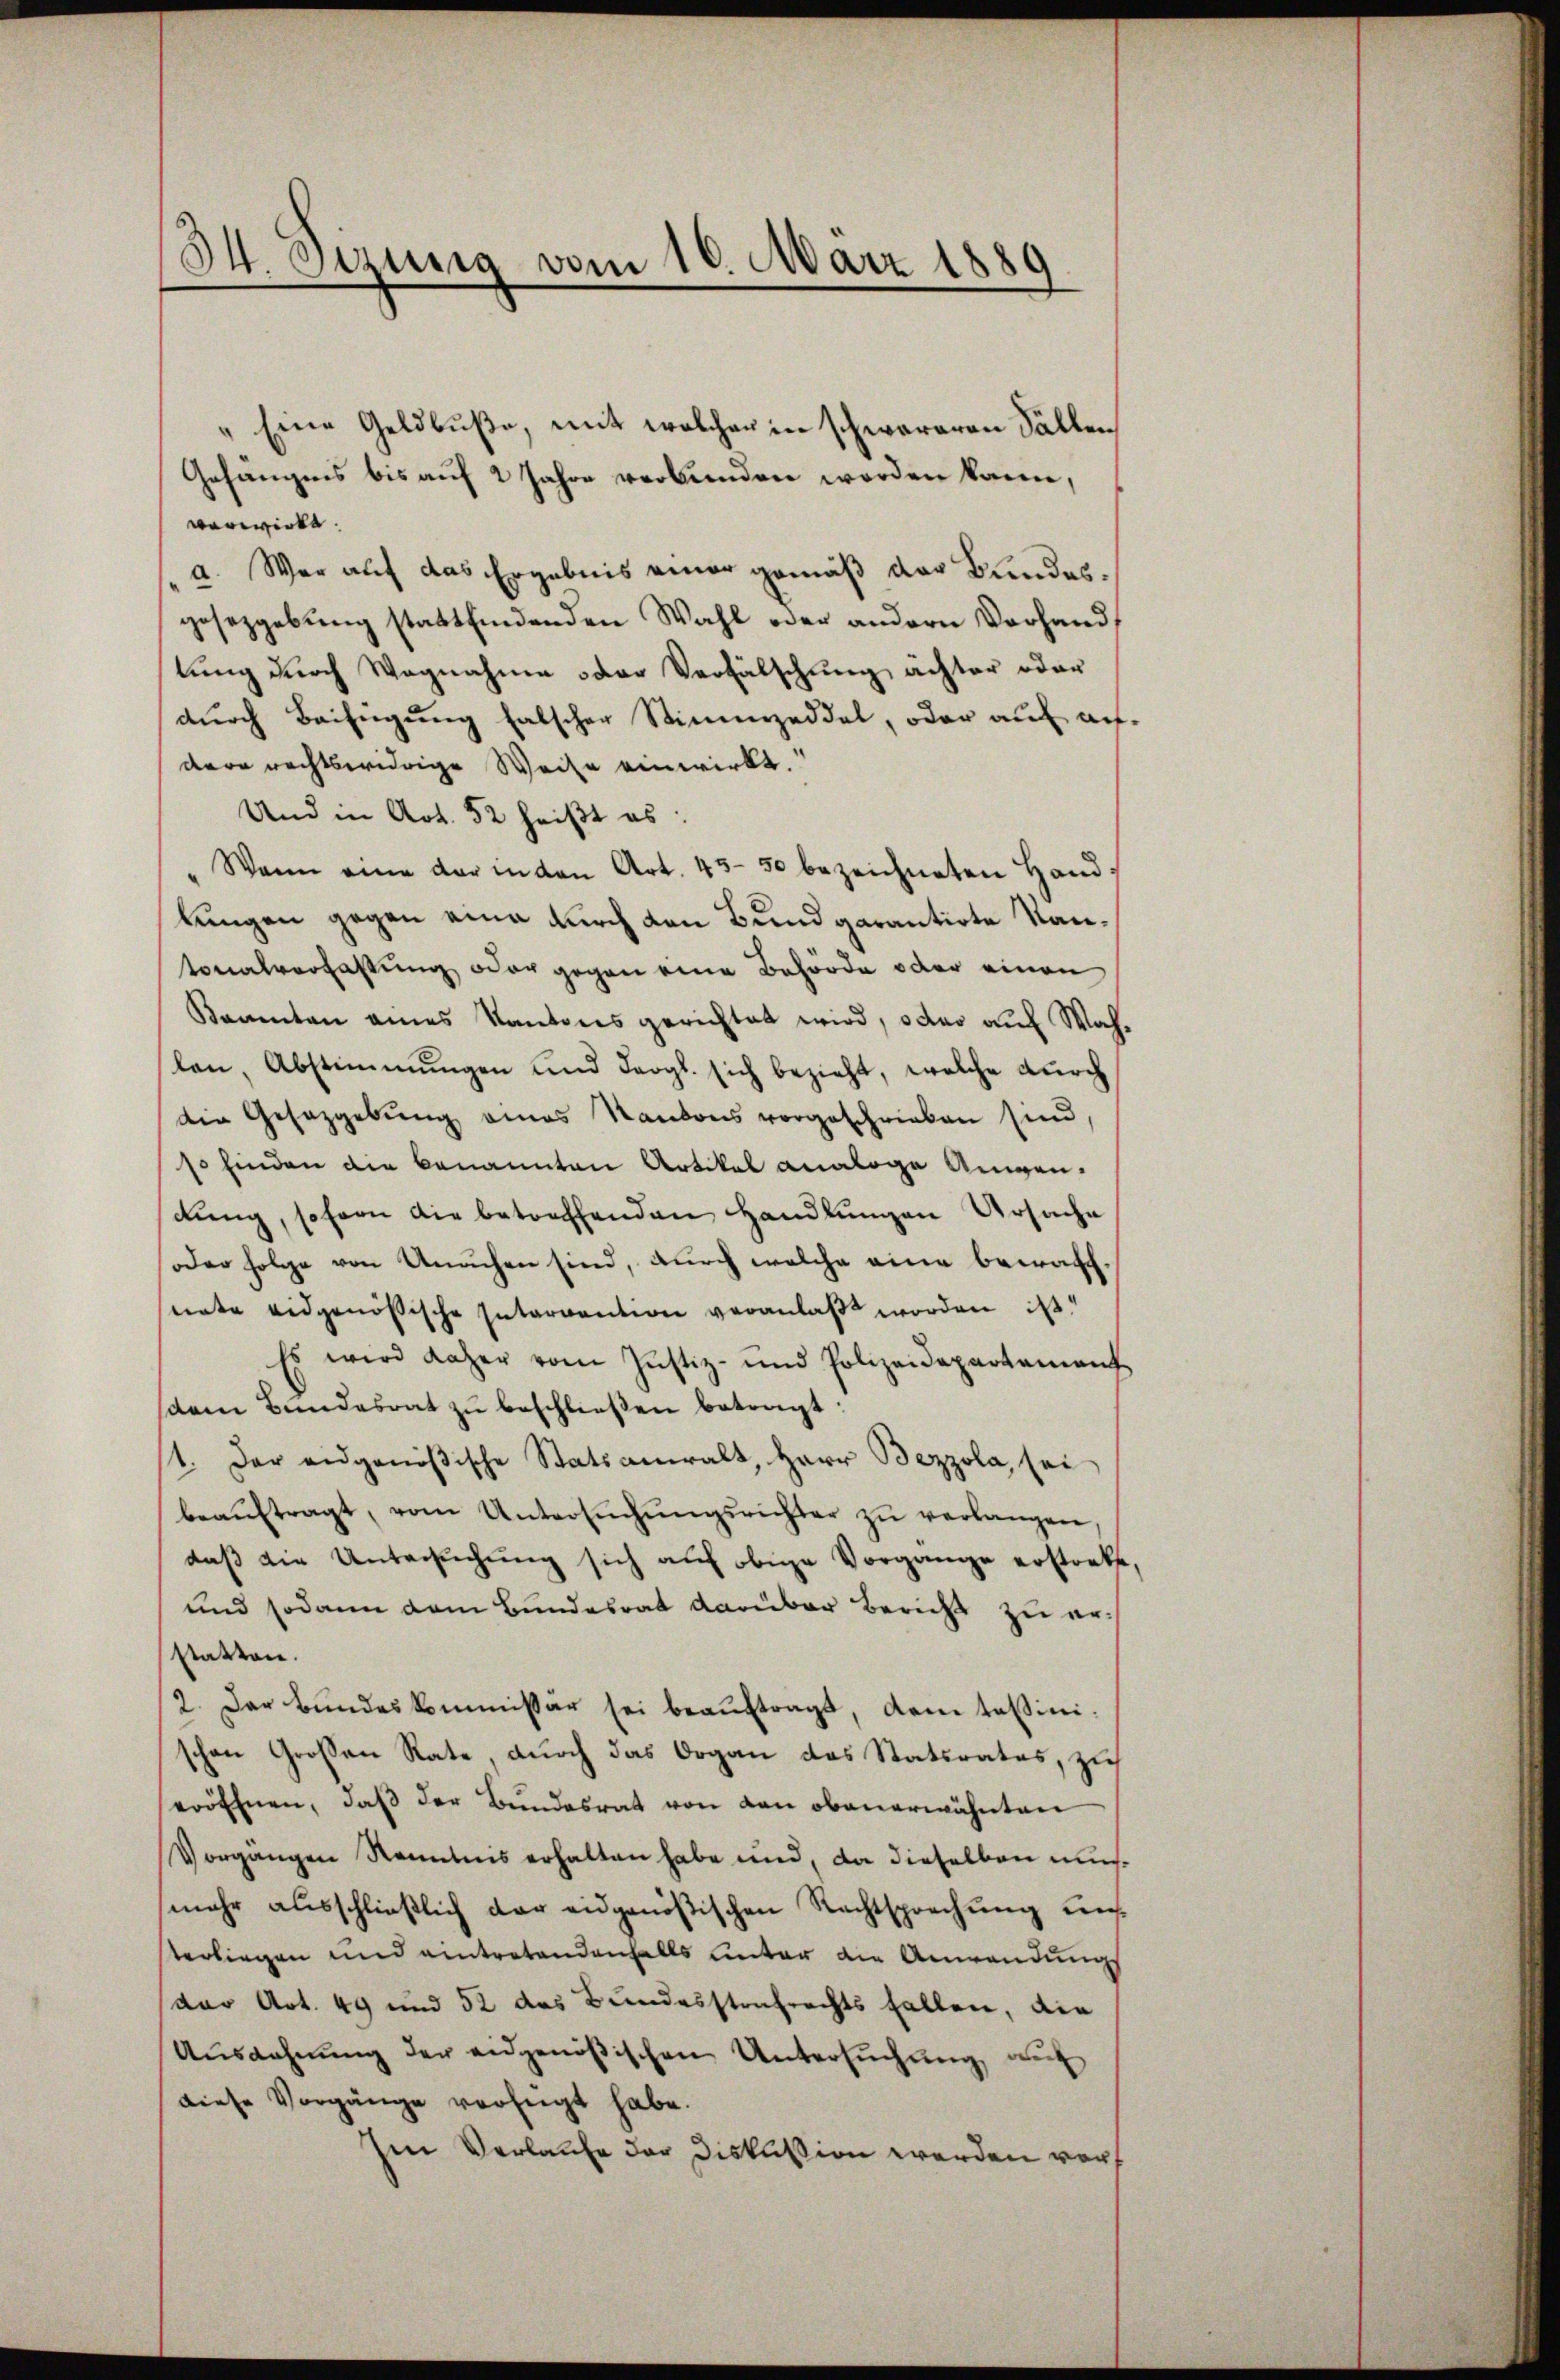
34. Sizung vom 16. März 1889

„Eine Geldbuße, mit welcher in schwereren Fällen
Gefängnis bis auf 2 Jahre verbunden worden kann,
verwirke.
a. War auf das Ergebnis einer gemäß der Bundesgesetzgebung stattfindenden Wahl oder andern Vorhandlung durch Wagnahme oder Verfälschung ächter oder
durch Beifügung falscher Stimmzeddel, oder auf auf
dere rechtswidrige Weise einwirkt.
Und in Art. 52 heißt es:
Wenn eine der in den Art. 43. 50 bezeichneten Hand
kungen gegen eine durch den Bund garantirte Kantonalverfassung, oder gegen eine Behörde oder einen
Kaamten eines Kantonsgerichtet wird, oder auf Wahlen, Abstimmungen und dergl. sich bezieht, welche durch
die Gesetzgebŭng eines Kantons vorgeschrieben sind,
so finden die benannten Artikel analoge Angen.
dŭng, sofern die betreffenden Handlungen Ursache
oder Folge von Unachen sind, durch welche eine bewachsenate eidgenößische Intervention veranlaßt worden ist.
Es wird daher vom Justiz- und Polizeidepartement
dem Bundesrat zŭ beschlieβen betragt:
1. Der eidgenößische Statsanwalt, Herr Bezzola, sei
beaŭftragt, vom Untersŭchŭngsrichter zŭ verlangen,
daß die Untersuchung sich auf obige Vorgange erstockt,
und sodann dem Bundesrat darüber Bericht zu erstatten.
2. Der Bundeskommissär sei beauftragt, dem tessinischon Großen Rate, durch das Organ das Statsrates, zu
eröffnen, daβ der Bundesrat von den obenerwähnten
Vorgängen Kenntens erhalten habe und, da dieselben mus
mehr ausschließlich der eidgenößischen Rechtsprechung Kenterliegen und eintretendenfalls unter die Anwendung
der Art. 49 und 52 das Bundesstrafrechts fallen, die
Ausdehnung der eidgenößischen Untersuchung auf
diese Vorgänge verfügt habe.
hen Verlaufe der Diskussion werden vorf